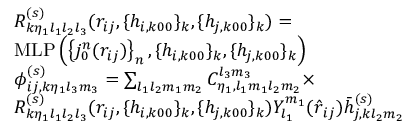
\begin{array} { r l } & { R _ { k \eta _ { 1 } l _ { 1 } l _ { 2 } l _ { 3 } } ^ { ( s ) } ( r _ { i j } , \{ h _ { i , k 0 0 } \} _ { k } , \{ h _ { j , k 0 0 } \} _ { k } ) = } \\ & { \mathrm { M L P } \left( \left\{ { j _ { 0 } ^ { n } } ( r _ { i j } ) \right\} _ { n } , \{ h _ { i , k 0 0 } \} _ { k } , \{ h _ { j , k 0 0 } \} _ { k } \right) } \\ & { \phi _ { i j , k \eta _ { 1 } l _ { 3 } m _ { 3 } } ^ { ( s ) } = \sum _ { l _ { 1 } l _ { 2 } m _ { 1 } m _ { 2 } } C _ { \eta _ { 1 } , l _ { 1 } m _ { 1 } l _ { 2 } m _ { 2 } } ^ { l _ { 3 } m _ { 3 } } \times } \\ & { R _ { k \eta _ { 1 } l _ { 1 } l _ { 2 } l _ { 3 } } ^ { ( s ) } ( r _ { i j } , \{ h _ { i , k 0 0 } \} _ { k } , \{ h _ { j , k 0 0 } \} _ { k } ) Y _ { l _ { 1 } } ^ { m _ { 1 } } ( \boldsymbol { \hat { r } } _ { i j } ) \bar { h } _ { j , k l _ { 2 } m _ { 2 } } ^ { ( s ) } } \end{array}